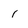
Character: i